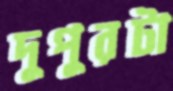
দুপুরটা